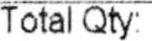
TOTAL QTY: